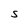
Character: S